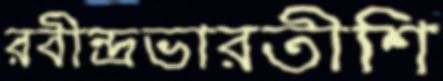
রবীন্দ্রভারতীশি